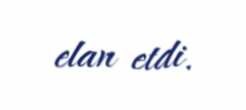
elan etdi.